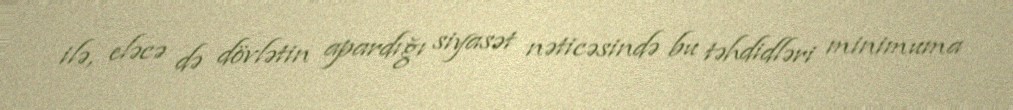
ilə, eləcə də dövlətin apardığı siyasət nəticəsində bu təhdidləri minimuma